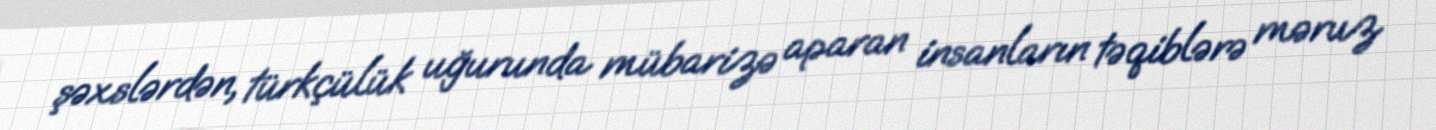
şəxslərdən, türkçülük uğurunda mübarizə aparan insanların təqiblərə məruz